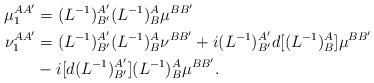
LaTeX: \begin{align*}\mu_{1}^{AA^{\prime}} & =(L^{-1})_{B^{\prime}}^{A^{\prime}}(L^{-1})_{B}^{A}\mu^{BB^{\prime}}\\\nu_{1}^{AA^{\prime}} & =(L^{-1})_{B^{\prime}}^{A^{\prime}}(L^{-1})_{B}^{A}\nu^{BB^{\prime}}+i(L^{-1})_{B^{\prime}}^{A^{\prime}}d[(L^{-1})_{B}^{A}]\mu^{BB^{\prime}}\\& -i[d(L^{-1})_{B^{\prime}}^{A^{\prime}}](L^{-1})_{B}^{A}\mu^{BB^{\prime}}.\end{align*}